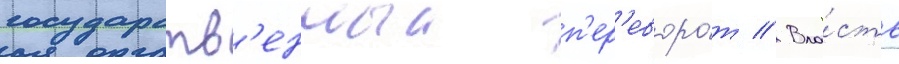
государств'енныи п'ер'еворо́т // Вла́сть